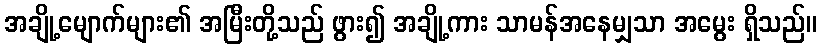
အချို့မျောက်များ၏ အမြီးတို့သည် ဖွား၍ အချို့ကား သာမန်အနေမျှသာ အမွေး ရှိသည်။